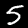
Label: 5